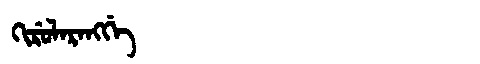
Manchu: ᡴᡳᡵᡠᠯᠠᡵᠠᠩᡤᡝ
Romanization: KIRULARANGGE